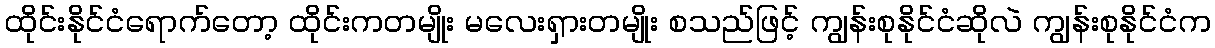
ထိုင်းနိုင်ငံရောက်တော့ ထိုင်းကတမျိုး မလေးရှားတမျိုး စသည်ဖြင့် ကျွန်းစုနိုင်ငံဆိုလဲ ကျွန်းစုနိုင်ငံက